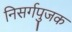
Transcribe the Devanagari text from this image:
निसर्गपुजक